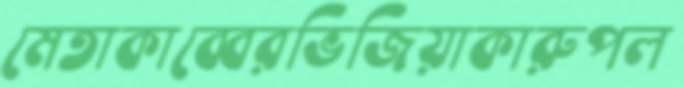
মেতাকাব্বেরভিজিয়াকারুপল